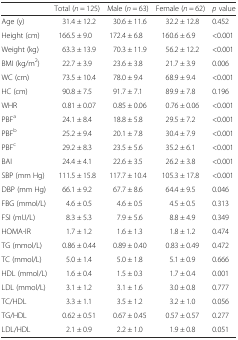
<table><thead><tr><td></td><td><b>Total (<i>n</i> = 125)</b></td><td><b>Male (<i>n</i> = 63)</b></td><td><b>Female (<i>n</i> = 62)</b></td><td><b><i>p</i> value</b></td></tr></thead><tbody><tr><td>Age (y)</td><td>31.4 ± 12.2</td><td>30.6 ± 11.6</td><td>32.2 ± 12.8</td><td>0.452</td></tr><tr><td>Height (cm)</td><td>166.5 ± 9.0</td><td>172.4 ± 6.8</td><td>160.6 ± 6.9</td><td>&lt;0.001</td></tr><tr><td>Weight (kg)</td><td>63.3 ± 13.9</td><td>70.3 ± 11.9</td><td>56.2 ± 12.2</td><td>&lt;0.001</td></tr><tr><td>BMI (kg/m<sup>2</sup>)</td><td>22.7 ± 3.9</td><td>23.6 ± 3.8</td><td>21.7 ± 3.9</td><td>0.006</td></tr><tr><td>WC (cm)</td><td>73.5 ± 10.4</td><td>78.0 ± 9.4</td><td>68.9 ± 9.4</td><td>&lt;0.001</td></tr><tr><td>HC (cm)</td><td>90.8 ± 7.5</td><td>91.7 ± 7.1</td><td>89.9 ± 7.8</td><td>0.196</td></tr><tr><td>WHR</td><td>0.81 ± 0.07</td><td>0.85 ± 0.06</td><td>0.76 ± 0.06</td><td>&lt;0.001</td></tr><tr><td>PBF<sup>a</sup></td><td>24.1 ± 8.4</td><td>18.8 ± 5.8</td><td>29.5 ± 7.2</td><td>&lt;0.001</td></tr><tr><td>PBF<sup>b</sup></td><td>25.2 ± 9.4</td><td>20.1 ± 7.8</td><td>30.4 ± 7.9</td><td>&lt;0.001</td></tr><tr><td>PBF<sup>c</sup></td><td>29.2 ± 8.3</td><td>23.5 ± 5.6</td><td>35.2 ± 6.1</td><td>&lt;0.001</td></tr><tr><td>BAI</td><td>24.4 ± 4.1</td><td>22.6 ± 3.5</td><td>26.2 ± 3.8</td><td>&lt;0.001</td></tr><tr><td>SBP (mm Hg)</td><td>111.5 ± 15.8</td><td>117.7 ± 10.4</td><td>105.3 ± 17.8</td><td>&lt;0.001</td></tr><tr><td>DBP (mm Hg)</td><td>66.1 ± 9.2</td><td>67.7 ± 8.6</td><td>64.4 ± 9.5</td><td>0.046</td></tr><tr><td>FBG (mmol/L)</td><td>4.6 ± 0.5</td><td>4.6 ± 0.5</td><td>4.5 ± 0.5</td><td>0.313</td></tr><tr><td>FSI (mU/L)</td><td>8.3 ± 5.3</td><td>7.9 ± 5.6</td><td>8.8 ± 4.9</td><td>0.349</td></tr><tr><td>HOMA-IR</td><td>1.7 ± 1.2</td><td>1.6 ± 1.3</td><td>1.8 ± 1.2</td><td>0.474</td></tr><tr><td>TG (mmol/L)</td><td>0.86 ± 0.44</td><td>0.89 ± 0.40</td><td>0.83 ± 0.49</td><td>0.472</td></tr><tr><td>TC (mmol/L)</td><td>5.0 ± 1.4</td><td>5.0 ± 1.8</td><td>5.1 ± 0.9</td><td>0.666</td></tr><tr><td>HDL (mmol/L)</td><td>1.6 ± 0.4</td><td>1.5 ± 0.3</td><td>1.7 ± 0.4</td><td>0.001</td></tr><tr><td>LDL (mmol/L)</td><td>3.1 ± 1.2</td><td>3.1 ± 1.6</td><td>3.0 ± 0.8</td><td>0.777</td></tr><tr><td>TC/HDL</td><td>3.3 ± 1.1</td><td>3.5 ± 1.2</td><td>3.2 ± 1.0</td><td>0.056</td></tr><tr><td>TG/HDL</td><td>0.62 ± 0.51</td><td>0.67 ± 0.45</td><td>0.57 ± 0.57</td><td>0.277</td></tr><tr><td>LDL/HDL</td><td>2.1 ± 0.9</td><td>2.2 ± 1.0</td><td>1.9 ± 0.8</td><td>0.051</td></tr></tbody></table>